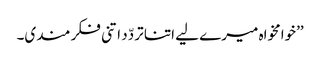
’’خوامخواہ میرے لیے اتنا تردّد اتنی فکر مندی۔